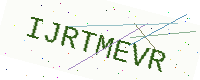
Text: IJRTMEVR